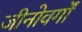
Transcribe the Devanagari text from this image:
जीनोवर्गों